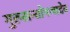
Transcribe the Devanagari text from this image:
गुरुसन्तोषणादेव